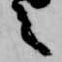
之